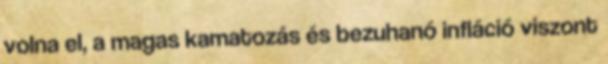
volna el, a magas kamatozás és bezuhanó infláció viszont